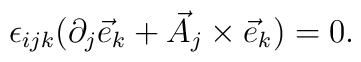
\epsilon_{ijk}(\partial_j {\vec e}_k + {\vec A}_j\times {\vec e}_k )=0.